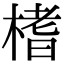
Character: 榰